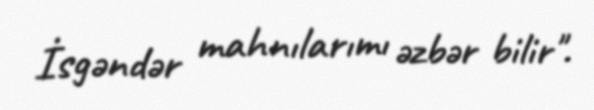
İsgəndər mahnılarımı əzbər bilir".